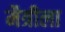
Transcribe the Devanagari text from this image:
मैत्रीला